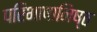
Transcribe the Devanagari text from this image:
परिभाषानिष्ठ